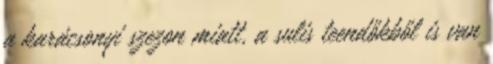
a karácsonyi szezon miatt, a sulis teendőkből is van